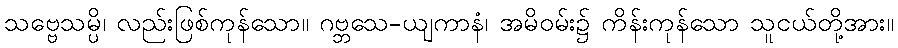
သဗ္ဗေသမ္ပိ၊ လည်းဖြစ်ကုန်သော။ ဂဗ္ဘသေ-ယျကာနံ၊ အမိဝမ်း၌ ကိန်းကုန်သော သူငယ်တို့အား။